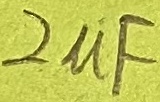
Text: 2µF